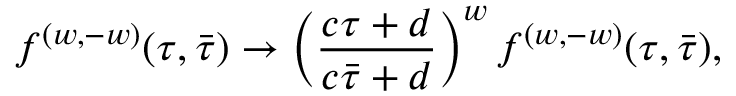
{ f ^ { ( w , - w ) } ( \tau , \bar { \tau } ) \to \left( { \frac { c \tau + d } { c \bar { \tau } + d } } \right) ^ { w } f ^ { ( w , - w ) } ( \tau , \bar { \tau } ) , }